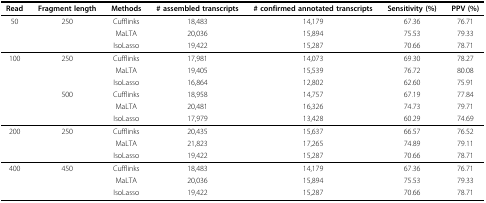
<table><thead><tr><td><b>Read</b></td><td><b>Fragment length</b></td><td><b>Methods</b></td><td><b># assembled transcripts</b></td><td><b># confirmed annotated transcripts</b></td><td><b>Sensitivity (%)</b></td><td><b>PPV (%)</b></td></tr></thead><tbody><tr><td>50</td><td>250</td><td>Cufflinks</td><td>18,483</td><td>14,179</td><td>67.36</td><td>76.71</td></tr><tr><td></td><td></td><td>MaLTA</td><td>20,036</td><td>15,894</td><td>75.53</td><td>79.33</td></tr><tr><td></td><td></td><td>IsoLasso</td><td>19,422</td><td>15,287</td><td>70.66</td><td>78.71</td></tr><tr><td>100</td><td>250</td><td>Cufflinks</td><td>17,981</td><td>14,073</td><td>69.30</td><td>78.27</td></tr><tr><td></td><td></td><td>MaLTA</td><td>19,405</td><td>15,539</td><td>76.72</td><td>80.08</td></tr><tr><td></td><td></td><td>IsoLasso</td><td>16,864</td><td>12,802</td><td>62.60</td><td>75.91</td></tr><tr><td></td><td>500</td><td>Cufflinks</td><td>18,958</td><td>14,757</td><td>67.19</td><td>77.84</td></tr><tr><td></td><td></td><td>MaLTA</td><td>20,481</td><td>16,326</td><td>74.73</td><td>79.71</td></tr><tr><td></td><td></td><td>IsoLasso</td><td>17,979</td><td>13,428</td><td>60.29</td><td>74.69</td></tr><tr><td>200</td><td>250</td><td>Cufflinks</td><td>20,435</td><td>15,637</td><td>66.57</td><td>76.52</td></tr><tr><td></td><td></td><td>MaLTA</td><td>21,823</td><td>17,265</td><td>74.89</td><td>79.11</td></tr><tr><td></td><td></td><td>IsoLasso</td><td>19,422</td><td>15,287</td><td>70.66</td><td>78.71</td></tr><tr><td>400</td><td>450</td><td>Cufflinks</td><td>18,483</td><td>14,179</td><td>67.36</td><td>76.71</td></tr><tr><td></td><td></td><td>MaLTA</td><td>20,036</td><td>15,894</td><td>75.53</td><td>79.33</td></tr><tr><td></td><td></td><td>IsoLasso</td><td>19,422</td><td>15,287</td><td>70.66</td><td>78.71</td></tr></tbody></table>